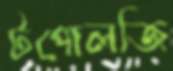
টপোলজি